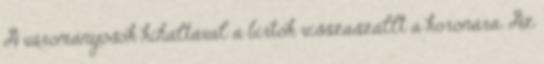
A várományosok kihaltával a birtok visszaszállt a koronára. Az